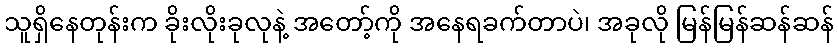
သူရှိနေတုန်းက ခိုးလိုးခုလုနဲ့ အတော့်ကို အနေရခက်တာပဲ၊ အခုလို မြန်မြန်ဆန်ဆန်